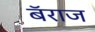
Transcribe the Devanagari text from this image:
बॅराज